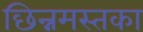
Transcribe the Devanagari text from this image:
छिन्नमस्तका